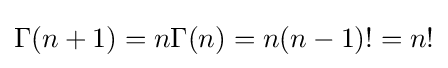
\Gamma (n+1)=n\Gamma (n)=n(n-1)!=n!